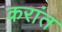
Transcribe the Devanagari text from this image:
करांत